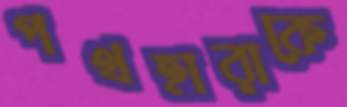
পথহারাকে